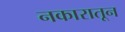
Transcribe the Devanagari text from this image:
नकारातून